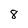
Character: 8